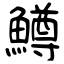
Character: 鱒